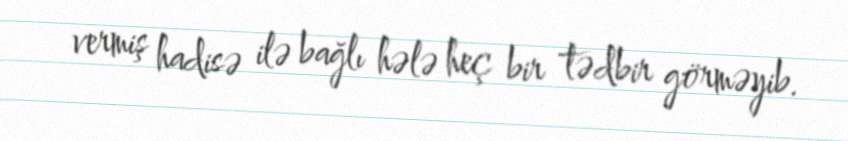
vermiş hadisə ilə bağlı hələ heç bir tədbir görməyib.